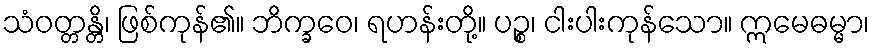
သံဝတ္တန္တိ၊ ဖြစ်ကုန်၏။ ဘိက္ခဝေ၊ ရဟန်းတို့။ ပဉ္စ၊ ငါးပါးကုန်သော။ ဣမေဓမ္မာ၊